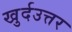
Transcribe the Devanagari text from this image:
खुर्दउत्तर